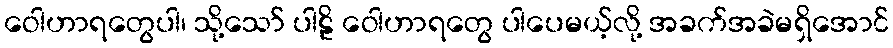
ဝေါဟာရတွေပါ၊ သို့သော် ပါဠိ ဝေါဟာရတွေ ပါပေမယ့်လို့ အခက်အခဲမရှိအောင်